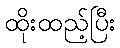
ထိုးထည့်ပြီး